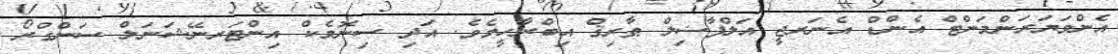
އެންވަޔަރަންމަންޓް އެންޑް އެނަރޖީ އަލްފާޟިލް ޠާރިޤް އިބްރާހީމެވެ. އަދި ސިނޮމެކް އިންޓަރނޭޝަނަލް ސަންގްރޯ